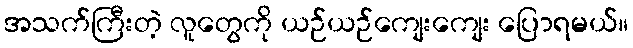
အသက်ကြီးတဲ့ လူတွေကို ယဉ်ယဉ်ကျေးကျေး ပြောရမယ်။